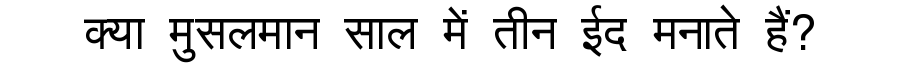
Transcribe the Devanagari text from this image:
क्या मुसलमान साल में तीन ईद मनाते हैं?